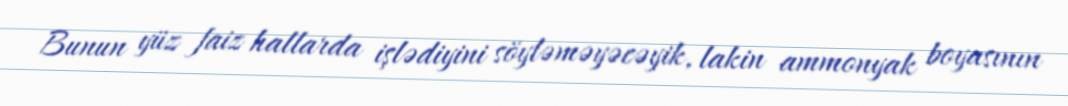
Bunun yüz faiz hallarda işlədiyini söyləməyəcəyik, lakin ammonyak boyasının